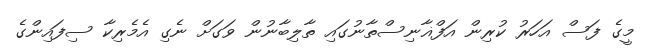
މީގެ ފަސް އަހަރު ކުރިން އަފްޣާނިސްތާނުގައި ތާލިބާނުން ވަގަށް ނެގި އެމެރިކާ ސިފައިންގެ